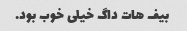
بیف هات داگ خیلی خوب بود.